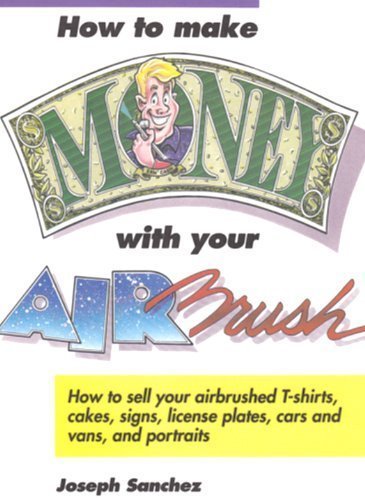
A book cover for How to Make Money With Your Airbrush; Joseph B. Sanchez; Arts & Photography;